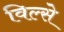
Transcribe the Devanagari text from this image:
विल्से